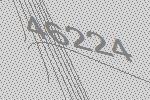
46224